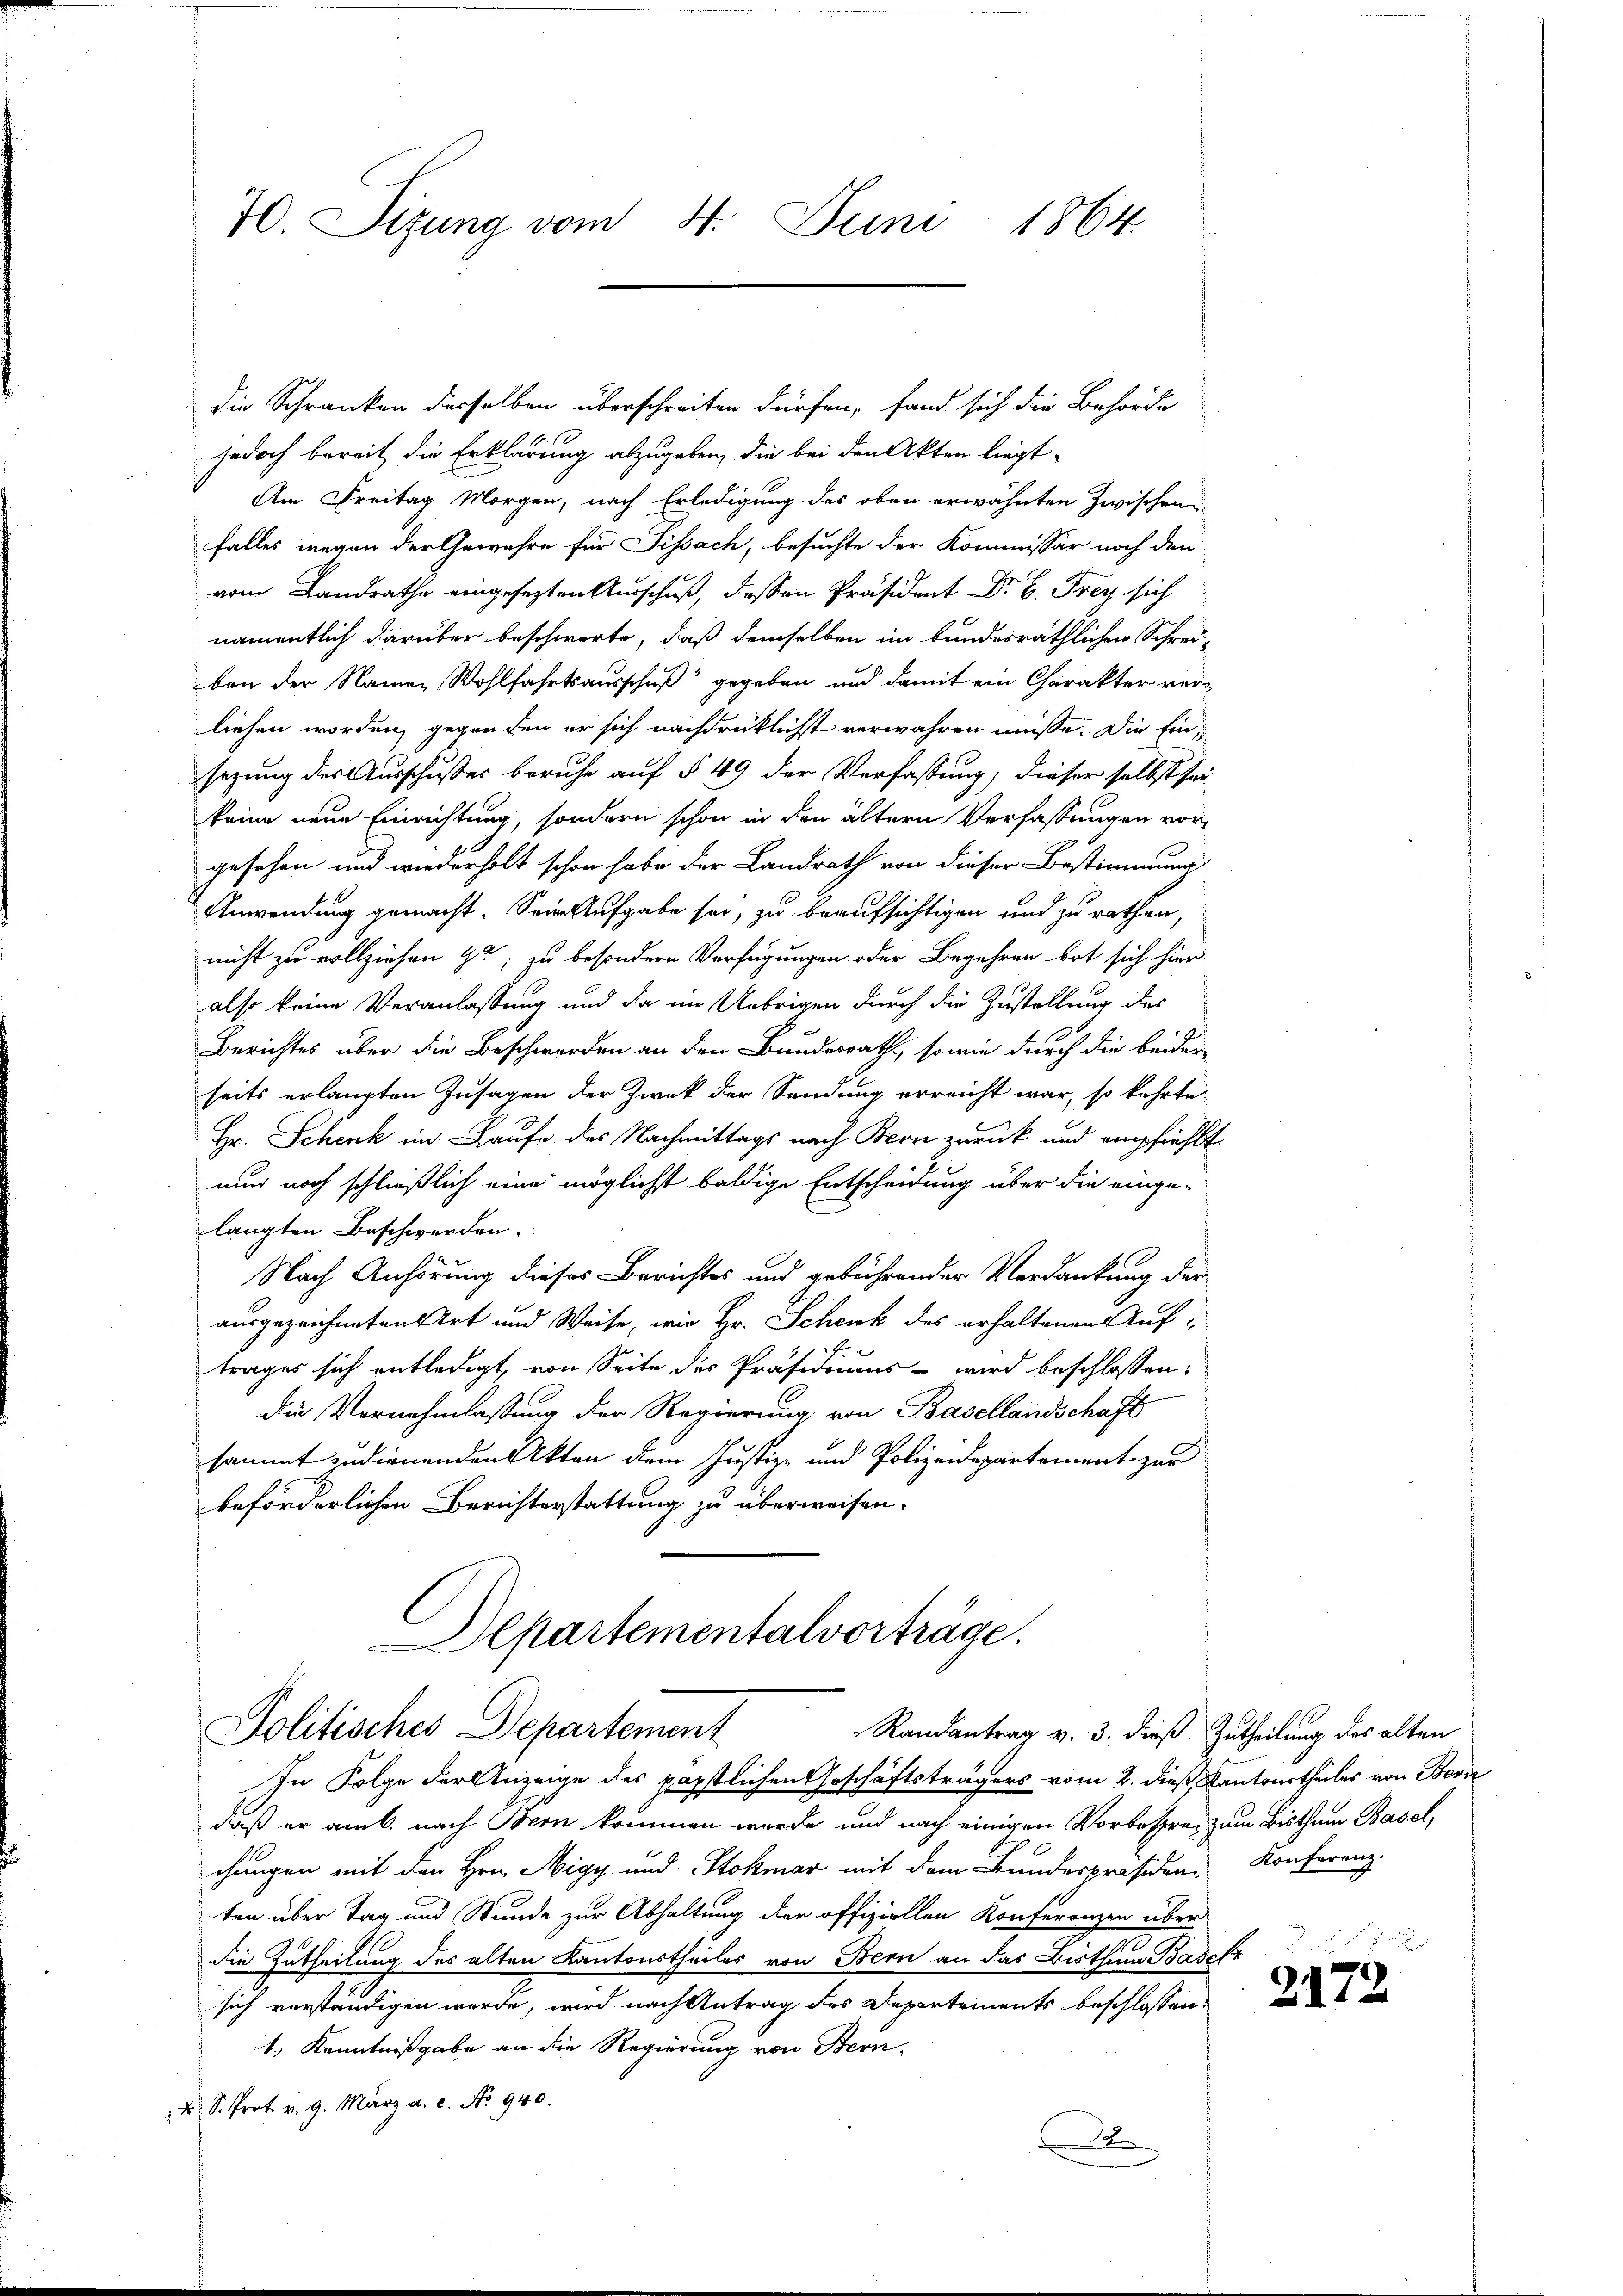
70. Sizung vom 4. Juni 1864.

die Schranken desselben überschreiten dürfen, fand sich die Behörde
jedoch bereit die Erklärung abzugeben, die bei den Akten liegt

Am Freitag Morgen, nach Erledigung des oben erwähnten Zwischen
falles wegen der Gewähre für Sissach, besuchte der Kommissär noch den
vom Landrathe eingesezten Ausschuß, dessen Präsident Dr. C. Frey sich
namentlich darüber beschwerte, daß demselben im bundesräthlichen Schrei-
ben der Namen Wohlfahrtsausschuß gegeben und damit ein Charakter verliefen worden, gegen den er sich nachdrücklichst verwahren müsse. Die Einsezung der Ausschusser beruhe auf § 49 der Verfassung; dieser selbst sei
keine neue Einrichtung, sondern schon in den ältern Verfassungen vorgesehen und wiederholt schon habe der Landrath von dieser Bestimmung
Anwendung gemacht. Sein Aufgabe sei, zu beaufsichtigen und zu rathen,
nicht zu vollziehen zu; zu besondern Verfügungen oder Begehren bot sich hier
also keine Veranlassung und da im Uebrigen durch die Zustellung des
Berichtes über die Beschwerden an den Bundesrath, sowie durch die beider
seits erlangten Zusagen der Zwek der Sendung erreicht war, so kehrte
Hr. Schenk im Laufe des Nachmittags nach Bern zurück und empfiehlt
nun noch schließlich eine möglichst baldige Entscheidung über die einge-
langten Beschwerden.
Nach Anhörung dieses Berichtes und gebührender Verdankung der
ausgezeichneten Art und Weise, wie Hr. Schenk des erhaltenen Auf¬

trages sich entledigt, von Seite des Präsidiums wird beschlossen:
die Vernehmlassung der Regierung von Basellandschaft
sammt zudienenden Akten dem Justiz- und Polizeidepartement zur
beförderlichen Berichterstattung zu überweisen.

Departementalvorträge.
Politisches Departement
Randantrag v. 3. dieß. Zutheilung des alten

In Folge der Anzeige des päpstlichen Geschäftsträgers vom 2. dieß, Cantonstheiles von Bern
daß er am 6. nach Bern kommen wurde und nach einigen Vorbesprei zum Bisthum Basel,
chungen mit den Hrn. Nigy und Stokmar mit dem Bundespräsidenten über Tag und Stunde zur Abhaltung der offiziellen Konferenzen über
die Zutheilung des alten Kantonstheiles von Bern an das Bisthum Basel z
sich verständigen werde, wird nach Antrag des Departements beschlossen:
1.) Kenntnißgabe an die Regierung von Bern.
 2 S. Prot. v. 9. März a. c. No. 940.
x

Konferenz.

2172